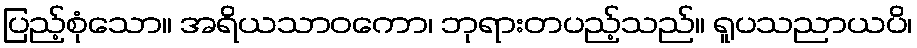
ပြည့်စုံသော။ အရိယသာဝကော၊ ဘုရားတပည့်သည်။ ရူပသညာယပိ၊